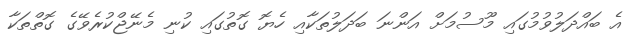
އެ ބައްދަލުވުމުގައި މޫސުމަށް އަންނަ ބަދަލުތަކާއި ހެޔޮ ގޮތުގައި ކުނި މެނޭޖްކުރެވޭގެ ގޮތްތަކާ